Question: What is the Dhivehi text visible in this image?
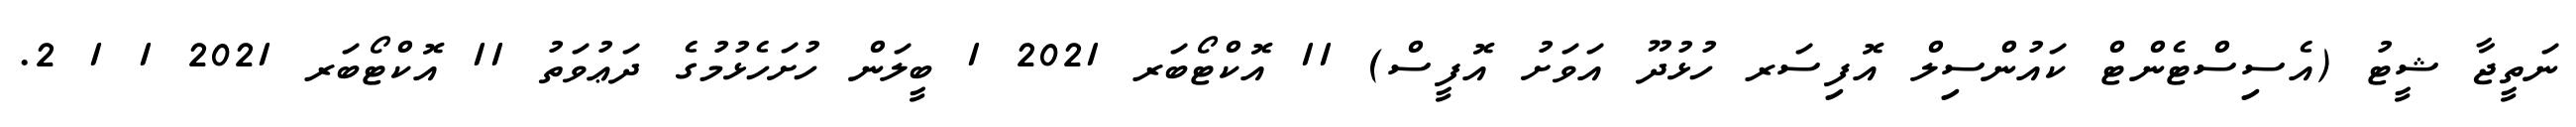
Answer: ނަތީޖާ ޝީޓު (އެސިސްޓެންޓް ކައުންސިލް އޮފިސަރ ހުޅުދޫ އަވަށު އޮފީސް) 11 އޮކްޓޯބަރ 2021 1 ބީލަން ހުށަހެޅުމުގެ ދަޢުވަތު 11 އޮކްޓޯބަރ 2021 1 1 2.